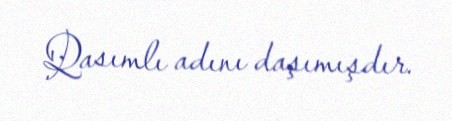
Qasımlı adını daşımışdır.